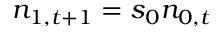
n _ { 1 , t + 1 } = s _ { 0 } n _ { 0 , t }